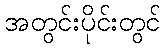
အတွင်းပိုင်းတွင်